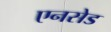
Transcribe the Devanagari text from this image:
एनसेड